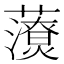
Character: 𧃉